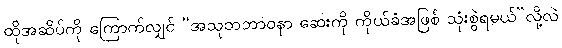
ထိုအဆိပ်ကို ကြောက်လျှင် “အသုဘဘာဝနာ ဆေးကို ကိုယ်ခံအဖြစ် သုံးစွဲရမယ်”လို့လဲ